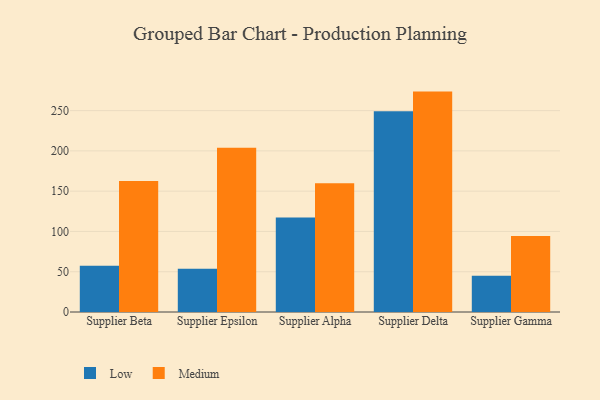
{"axis": {"x": "Supplier", "y": "Churn Rate (%)"}, "legend": ["Low", "Medium"], "data": [{"x": "Supplier Beta", "y": 57.3, "type": "Low"}, {"x": "Supplier Beta", "y": 162.7, "type": "Medium"}, {"x": "Supplier Epsilon", "y": 53.7, "type": "Low"}, {"x": "Supplier Epsilon", "y": 203.8, "type": "Medium"}, {"x": "Supplier Alpha", "y": 117.2, "type": "Low"}, {"x": "Supplier Alpha", "y": 159.7, "type": "Medium"}, {"x": "Supplier Delta", "y": 249.2, "type": "Low"}, {"x": "Supplier Delta", "y": 273.6, "type": "Medium"}, {"x": "Supplier Gamma", "y": 45.1, "type": "Low"}, {"x": "Supplier Gamma", "y": 94.5, "type": "Medium"}]}